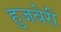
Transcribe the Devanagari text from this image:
हुजवेरी